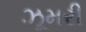
ઝૂમરી